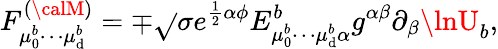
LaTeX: F_{\mu_{0}^{b}\cdots\mu_{\mathrm{d}}^{b}}^{(\calM)}=\mp\sqrt{}{{\sigma}}e^{\frac{{1}}{{2}}\alpha\phi}E_{\mu_{0}^{b}\cdots\mu_{\mathrm{d}}^{b}\alpha}^{b}g^{\alpha\beta}\partial_{\beta}\lnU_{b},